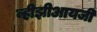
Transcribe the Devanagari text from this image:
व्हीझीआयजी